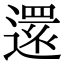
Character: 𮟃